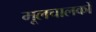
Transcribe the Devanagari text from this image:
मूलचालकों